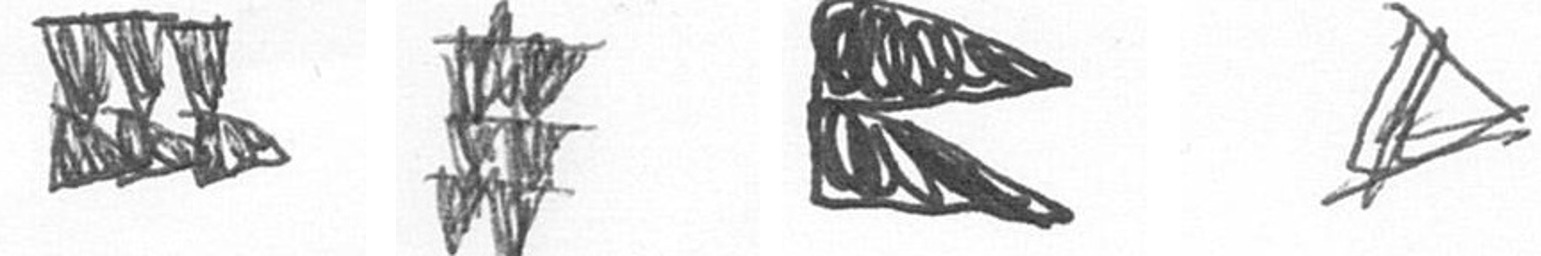
D Y P O